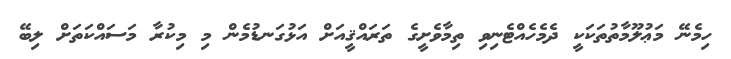
ހިމެނޭ މަޢުލޫމާތުތަކަކީ ދެމެހެއްޓެނިވި ތިމާވެށީގެ ތަރައްޤީއަށް އަޅުގަނޑުމެން މި މިކުރާ މަސައްކަތަށް ލިބޭ